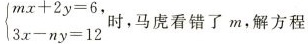
$$\left\ { \begin {array } {l}